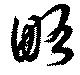
略